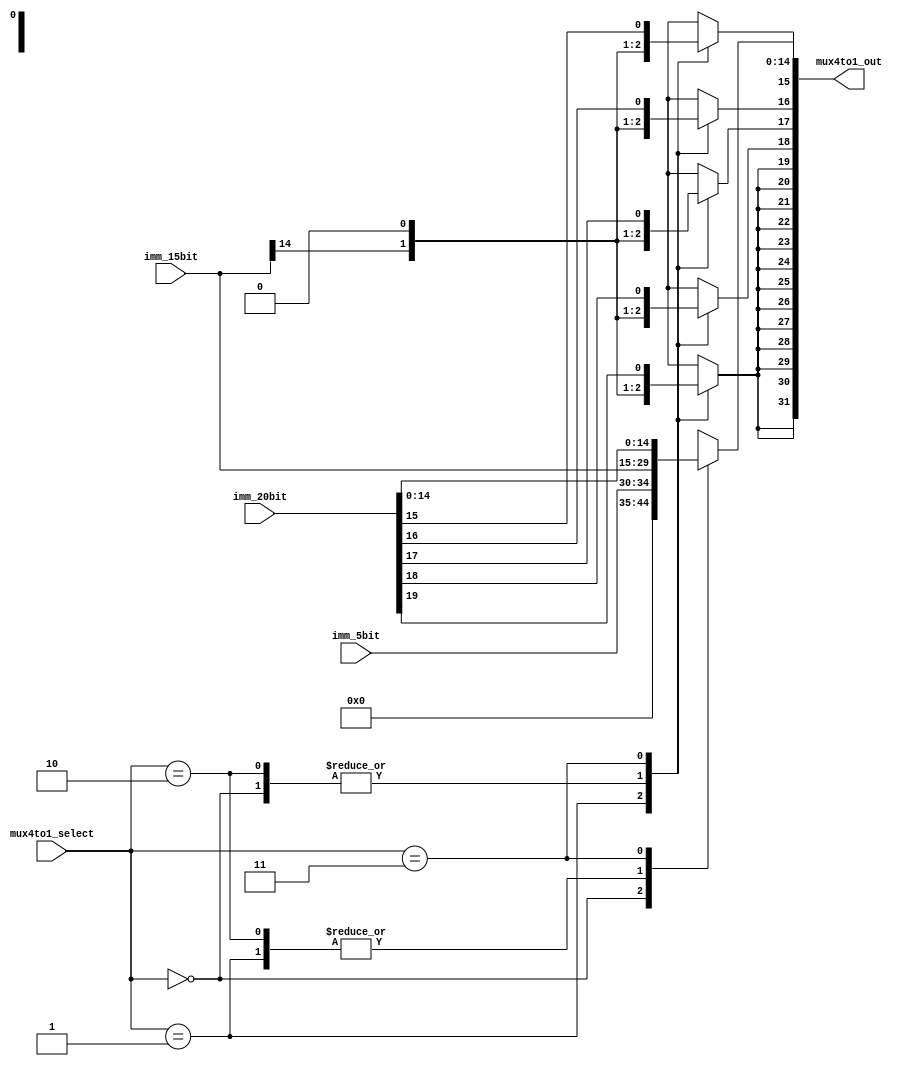
module mux4to1_select_mux(mux4to1_out, imm_5bit, imm_15bit, imm_20bit, mux4to1_select);

  parameter DataSize = 32;
  parameter imm5bitZE = 2'b00, imm15bitSE = 2'b01, imm15bitZE = 2'b10, imm20bitSE =  2'b11;

  input [4:0]imm_5bit;
  input [14:0]imm_15bit;
  input [19:0]imm_20bit;
  input [1:0]mux4to1_select;
  output reg [DataSize-1:0]mux4to1_out;
  
  integer i;

  always @ (imm_5bit or imm_15bit or imm_20bit or mux4to1_select) begin
    case (mux4to1_select)
      imm5bitZE: begin
        mux4to1_out <= imm_5bit;
      end
      imm15bitSE: begin
        for (i = 31; i > 14; i = i-1)
          mux4to1_out[i] = imm_15bit[14];
        mux4to1_out[14:0] = imm_15bit;
      end
      imm15bitZE: begin
        mux4to1_out <= imm_15bit;
      end
      imm20bitSE: begin
        for (i = 31; i > 19; i = i-1)
          mux4to1_out[i] = imm_20bit[19];
        mux4to1_out[19:0] = imm_20bit;
      end
      default: mux4to1_out <= 32'bx;
    endcase
  end
endmodule